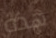
هذه